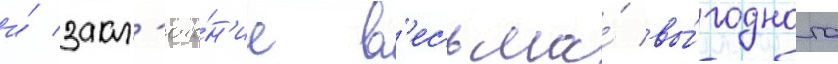
и́ закл'юче́н'ие в'есьма́ вы́годного